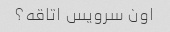
اون سرویس اتاقه؟